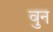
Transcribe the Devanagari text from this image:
वुन